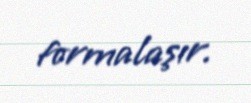
formalaşır.